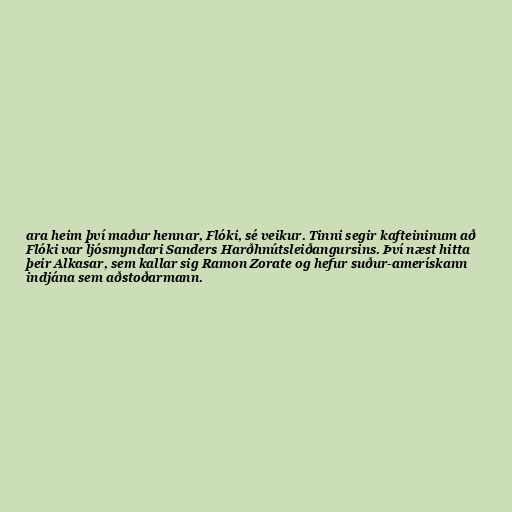
ara heim því maður hennar, Flóki, sé veikur. Tinni segir kafteininum að
Flóki var ljósmyndari Sanders Harðhnútsleiðangursins. Því næst hitta
þeir Alkasar, sem kallar sig Ramon Zorate og hefur suður-amerískann
indjána sem aðstoðarmann.